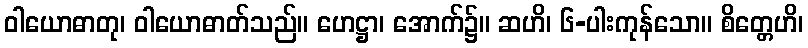
ဝါယောဓာတု၊ ဝါယောဓာတ်သည်။ ဟေဋ္ဌာ၊ အောက်၌။ ဆဟိ၊ ၆-ပါးကုန်သော။ စိတ္တေဟိ၊